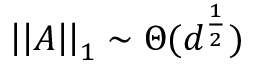
\left| \left| A \right| \right| _ { 1 } \sim \Theta ( d ^ { \frac { 1 } { 2 } } )